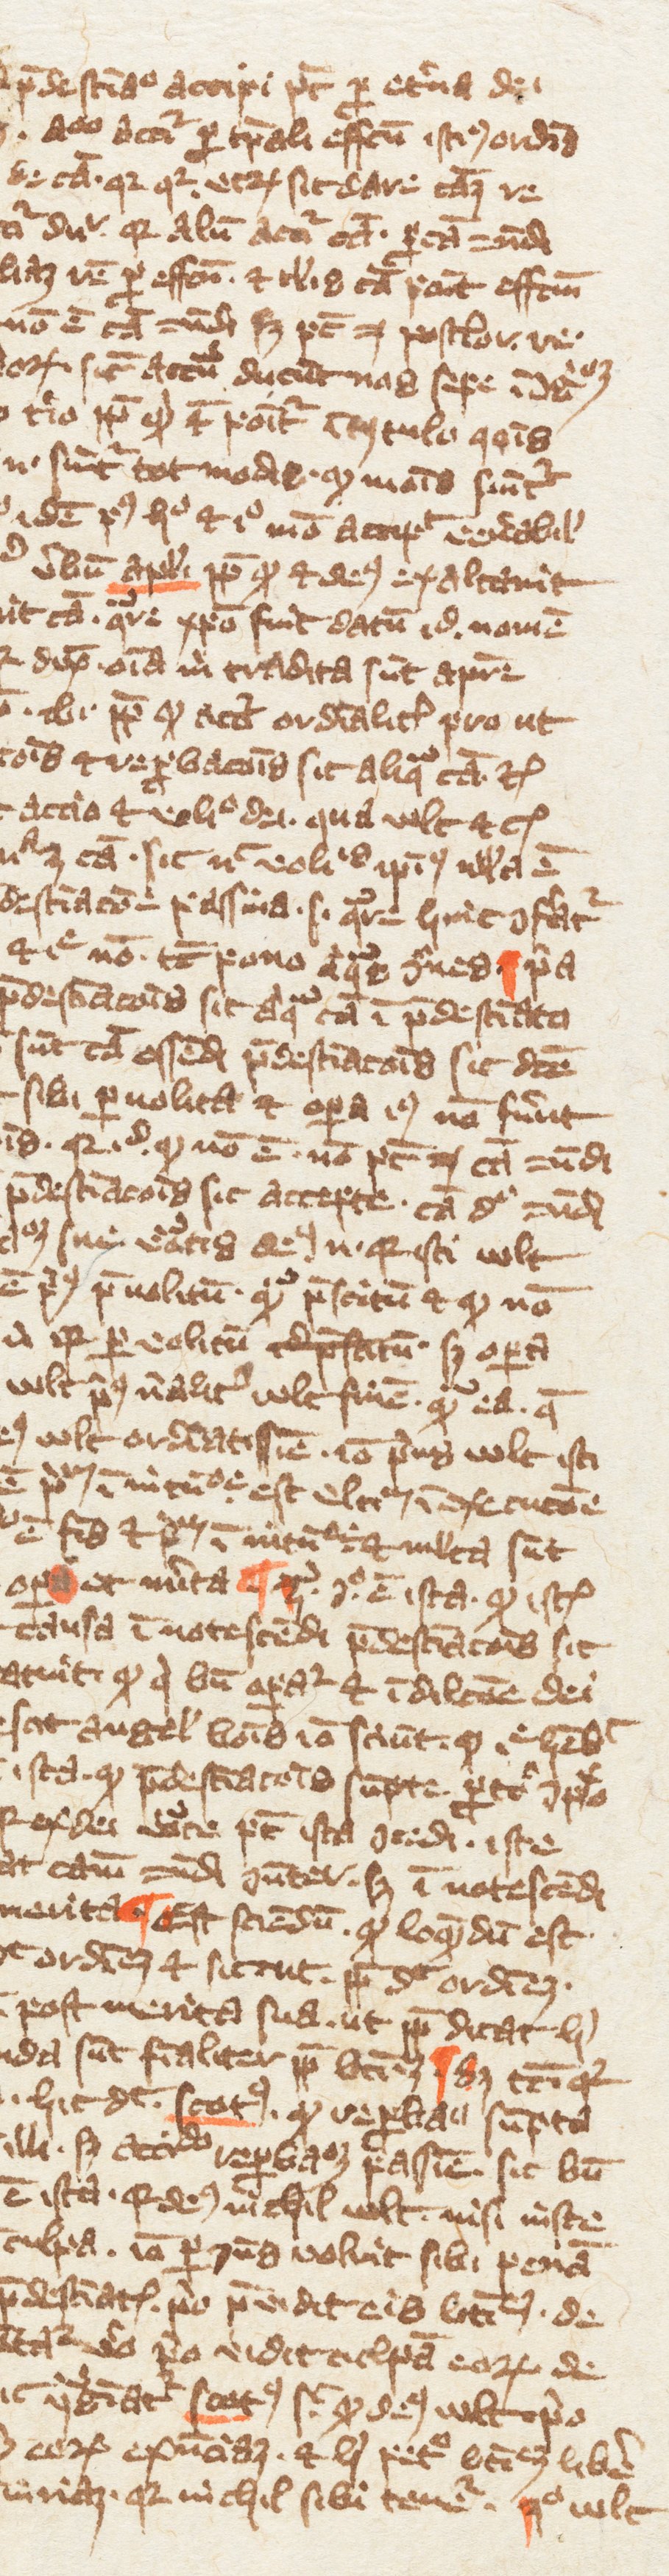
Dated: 1349–1364